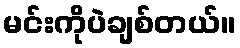
မင်းကိုပဲချစ်တယ်။